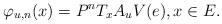
LaTeX: \begin{align*} \varphi_{u,n}(x) = P^nT_xA_uV(e), x\in E. \end{align*}